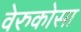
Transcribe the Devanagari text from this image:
वेरुकोसा